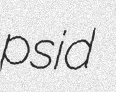
psid